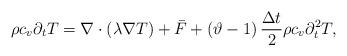
LaTeX: \begin{align*}\rho {c_v}{\partial _{{t}}}T = \nabla \cdot \left( {\lambda \nabla T} \right) + {\bar F} + \left( { \vartheta -1 } \right)\frac{{\Delta t}}{2}\rho {c_v}\partial _{{t}}^2T ,\end{align*}